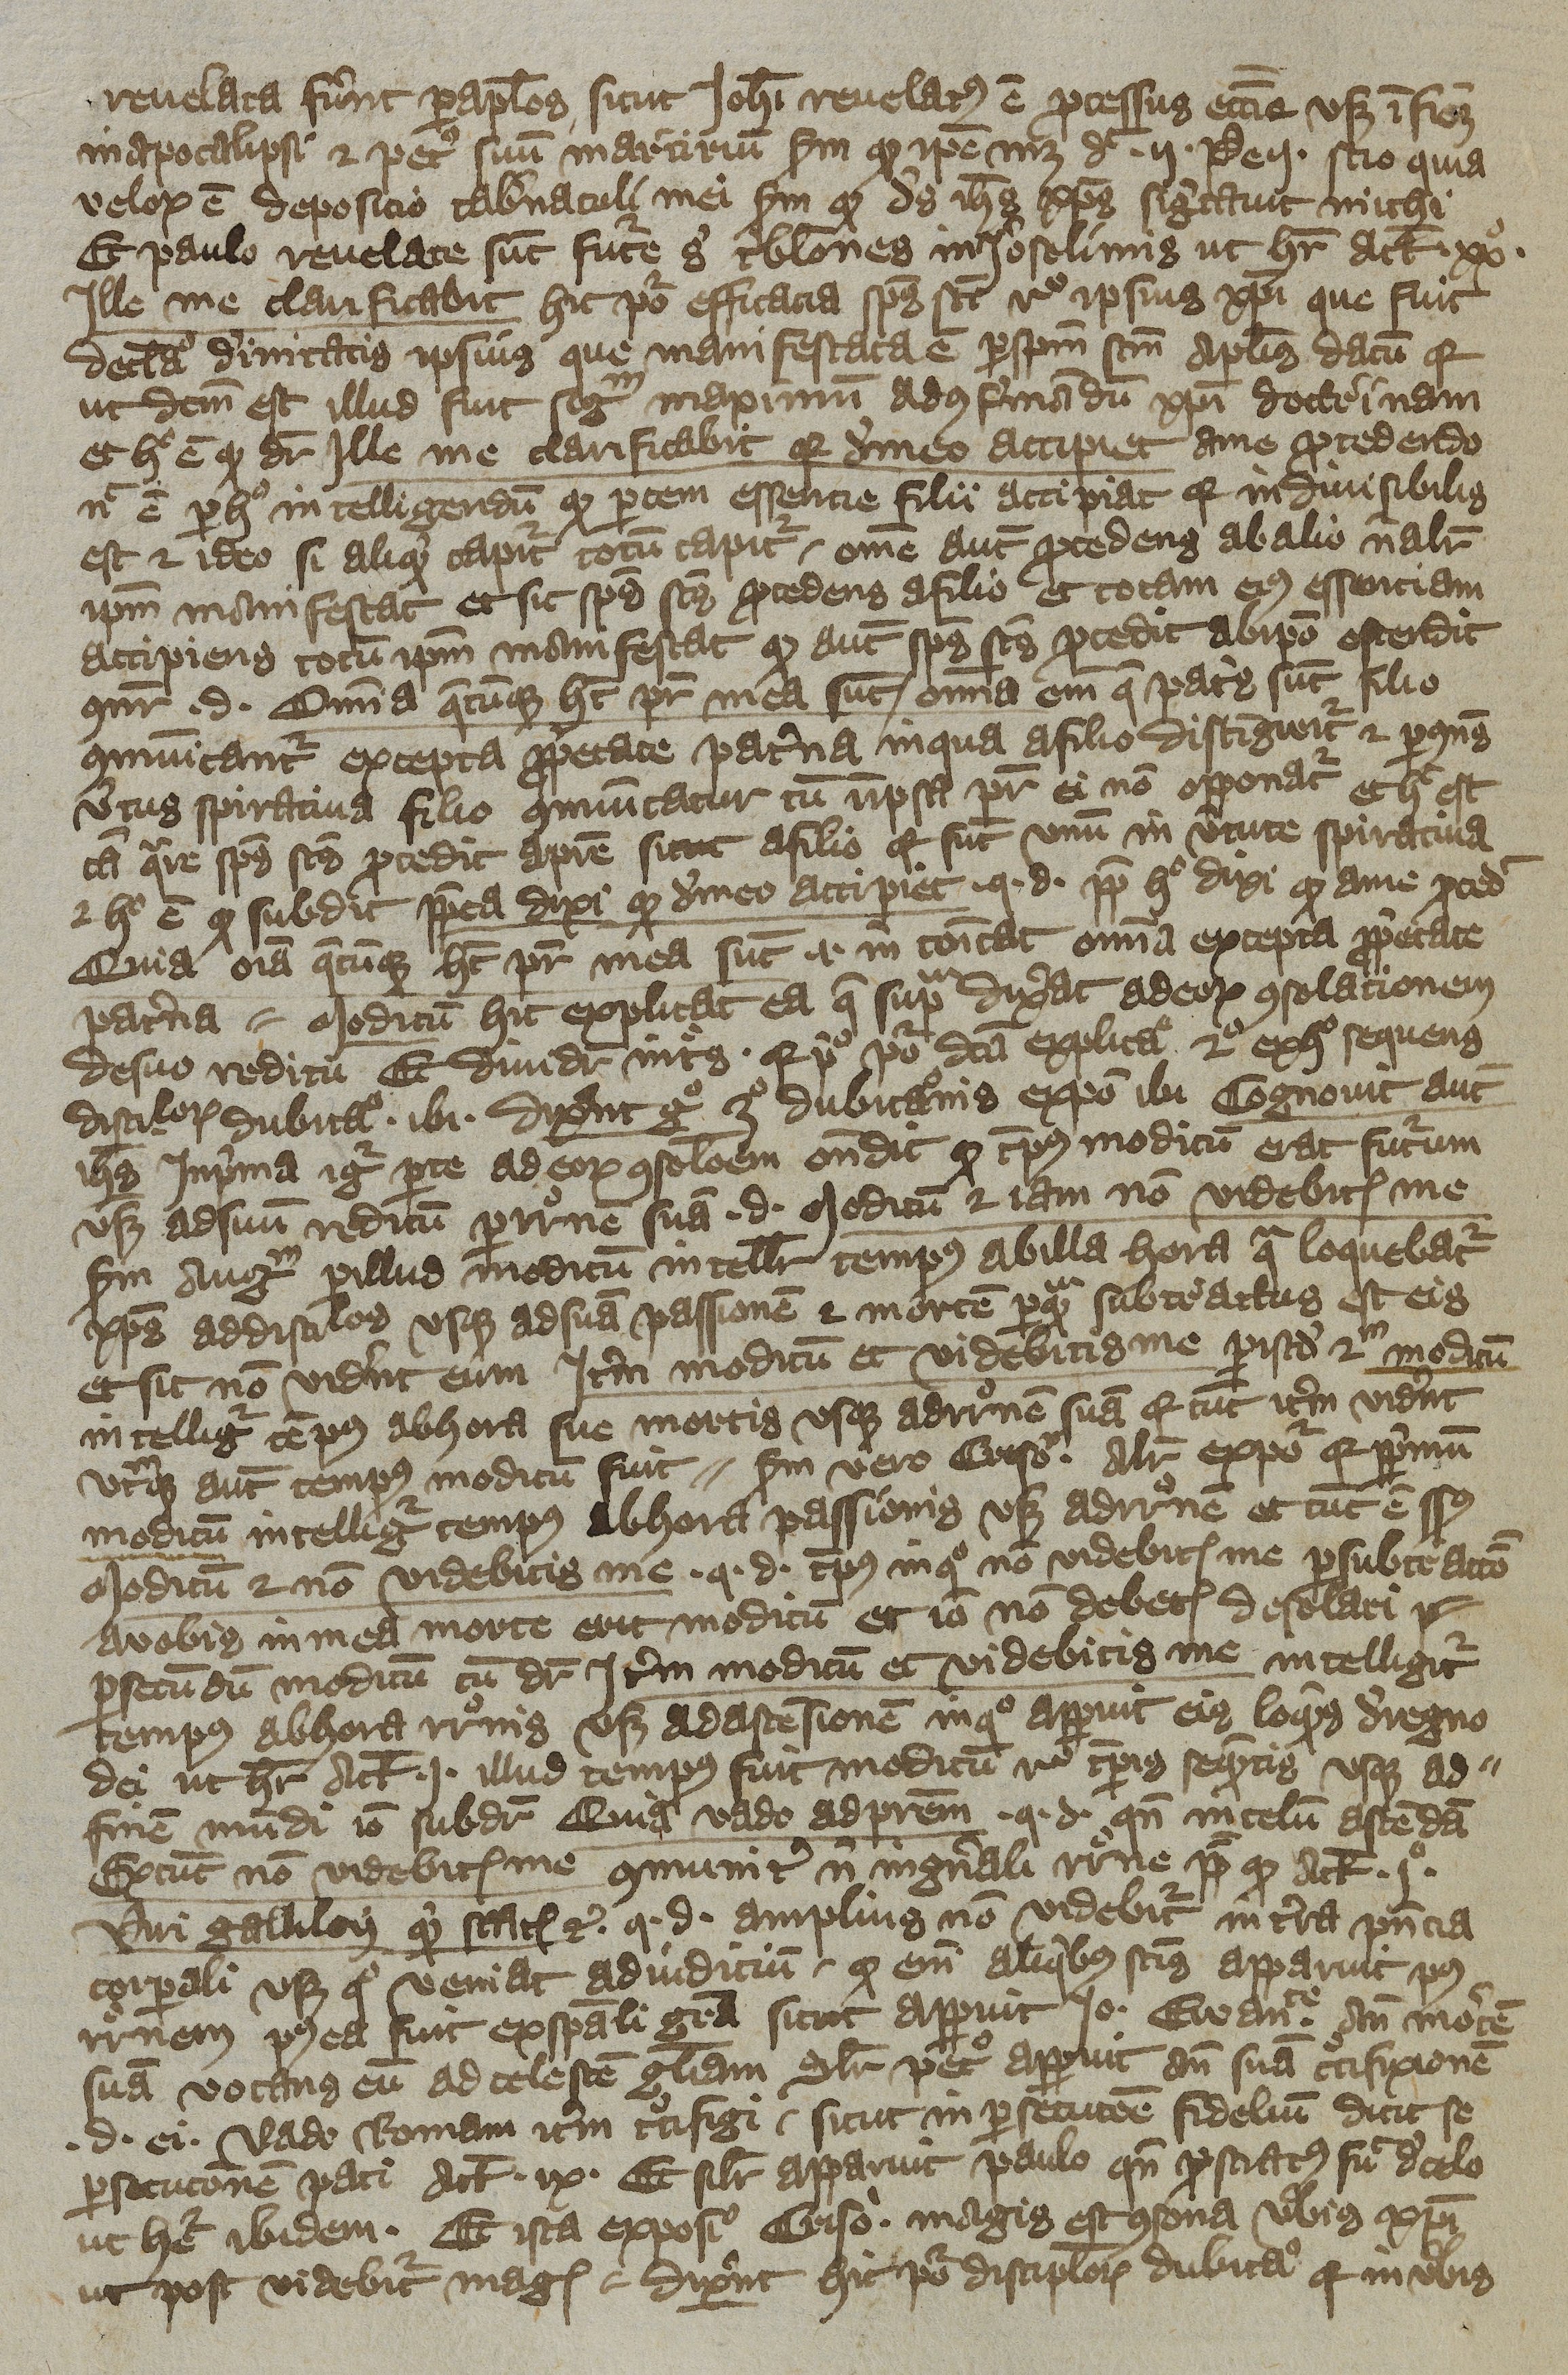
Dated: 1392–1393